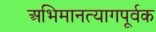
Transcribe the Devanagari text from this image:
अभिमानत्यागपूर्वक